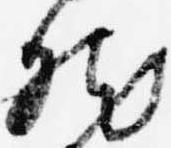
然